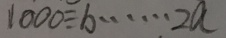
1 0 0 0 \div b \cdots 2 a